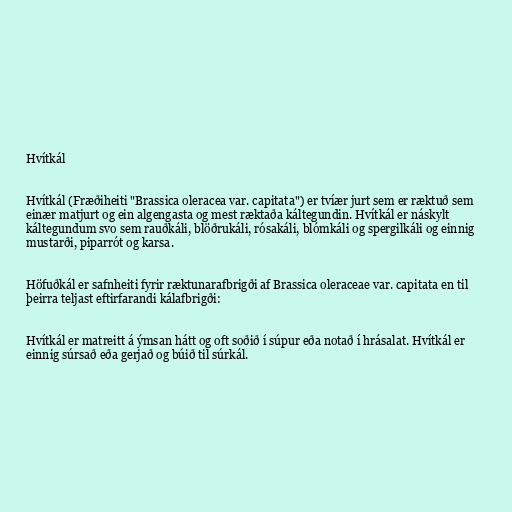
Hvítkál

Hvítkál (Fræðiheiti "Brassica oleracea var. capitata") er tvíær jurt sem er ræktuð sem
einær matjurt og ein algengasta og mest ræktaða káltegundin. Hvítkál er náskylt
káltegundum svo sem rauðkáli, blöðrukáli, rósakáli, blómkáli og spergilkáli og einnig
mustarði, piparrót og karsa.

Höfuðkál er safnheiti fyrir ræktunarafbrigði af Brassica oleraceae var. capitata en til
þeirra teljast eftirfarandi kálafbrigði:

Hvítkál er matreitt á ýmsan hátt og oft soðið í súpur eða notað í hrásalat. Hvítkál er
einnig súrsað eða gerjað og búið til súrkál.